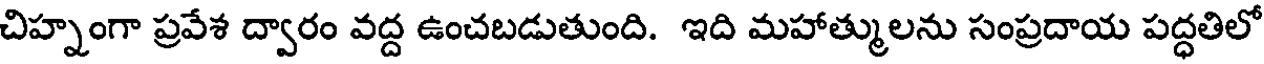
చిహ్నంగా ప్రవేశ ద్వారం వద్ద ఉంచబడుతుంది. ఇది మహాత్ములను సంప్రదాయ పద్ధతిలో